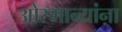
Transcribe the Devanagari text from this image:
ओस्मान्यांना